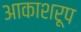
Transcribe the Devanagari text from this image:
आकाशरूप